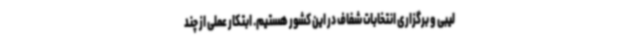
لیبی و برگزاری انتخابات شفاف در این کشور هستیم. ابتکار عملی از چند